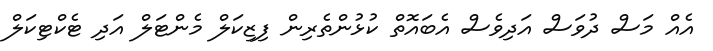
އެއް މަސް ދުވަސް އަދިވެސް އެބައޮތް ކުޅުންތެރިން ފިޒިކަލް މެންޓަލް އަދި ޓެކްޓިކަލް